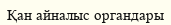
Қан айналыс органдары